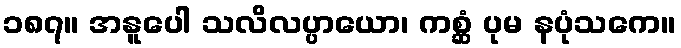
၁၈၇။ အနူပေါ သလိလပ္ပာယော၊ ကစ္ဆံ ပုမ နပုံသကေ။